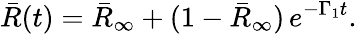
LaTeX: \bar{R}(t)=\bar{R}_{\infty}+(1-\bar{R}_{\infty})\, e^{-\Gamma_{1}t}.